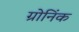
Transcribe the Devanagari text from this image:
ग्रोनिंक